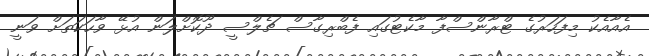
އެއާއެކު މިފަހަރުގެ ޓްރާންސްފާ މާކެޓުގައި ފެބްރިގާސް ޗެލްސީ ދޫކޮށްލަން އުޅޭ ވާހަކަތަށް ވަނީ